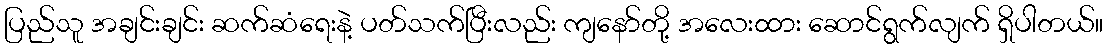
ပြည်သူ အချင်းချင်း ဆက်ဆံရေးနဲ့ ပတ်သက်ပြီးလည်း ကျနော်တို့ အလေးထား ဆောင်ရွက်လျက် ရှိပါတယ်။